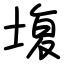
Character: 㙏